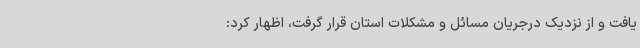
یافت و از نزدیک درجریان مسائل و مشکلات استان قرار گرفت، اظهار کرد: